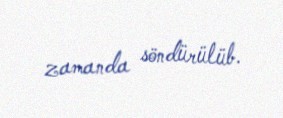
zamanda söndürülüb.